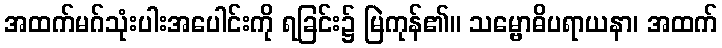
အထက်မဂ်သုံးပါးအပေါင်းကို ရခြင်း၌ မြဲကုန်၏။ သမ္ဗောဓိပရာယနာ၊ အထက်